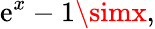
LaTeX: \mathrm{e}^{x}-1\simx,